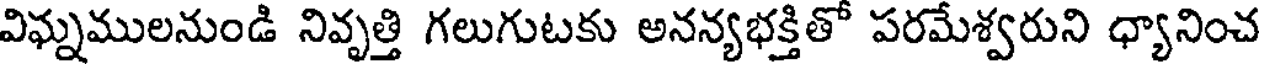
విఘ్నములనుండి నివృత్తి గలుగుటకు అనన్యభక్తితో పరమేశ్వరుని ధ్యానించ